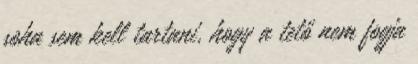
soha sem kell tartani, hogy a tető nem fogja